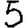
Digit: 5